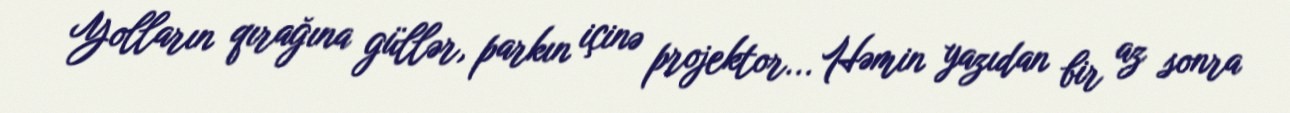
Yolların qırağına güllər, parkın içinə projektor... Həmin yazıdan bir az sonra